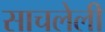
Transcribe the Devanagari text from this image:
साचलेली